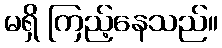
မရှိ ကြည့်နေသည်။